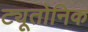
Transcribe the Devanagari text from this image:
ट्यूतोनिक